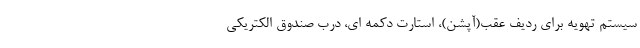
سیستم تهویه برای ردیف عقب(آپشن)، استارت دکمه ای، درب صندوق الکتریکی